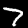
Digit: 7